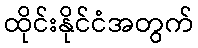
ထိုင်းနိုင်ငံအတွက်